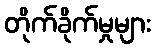
တိုက်ခိုက်မှုများ